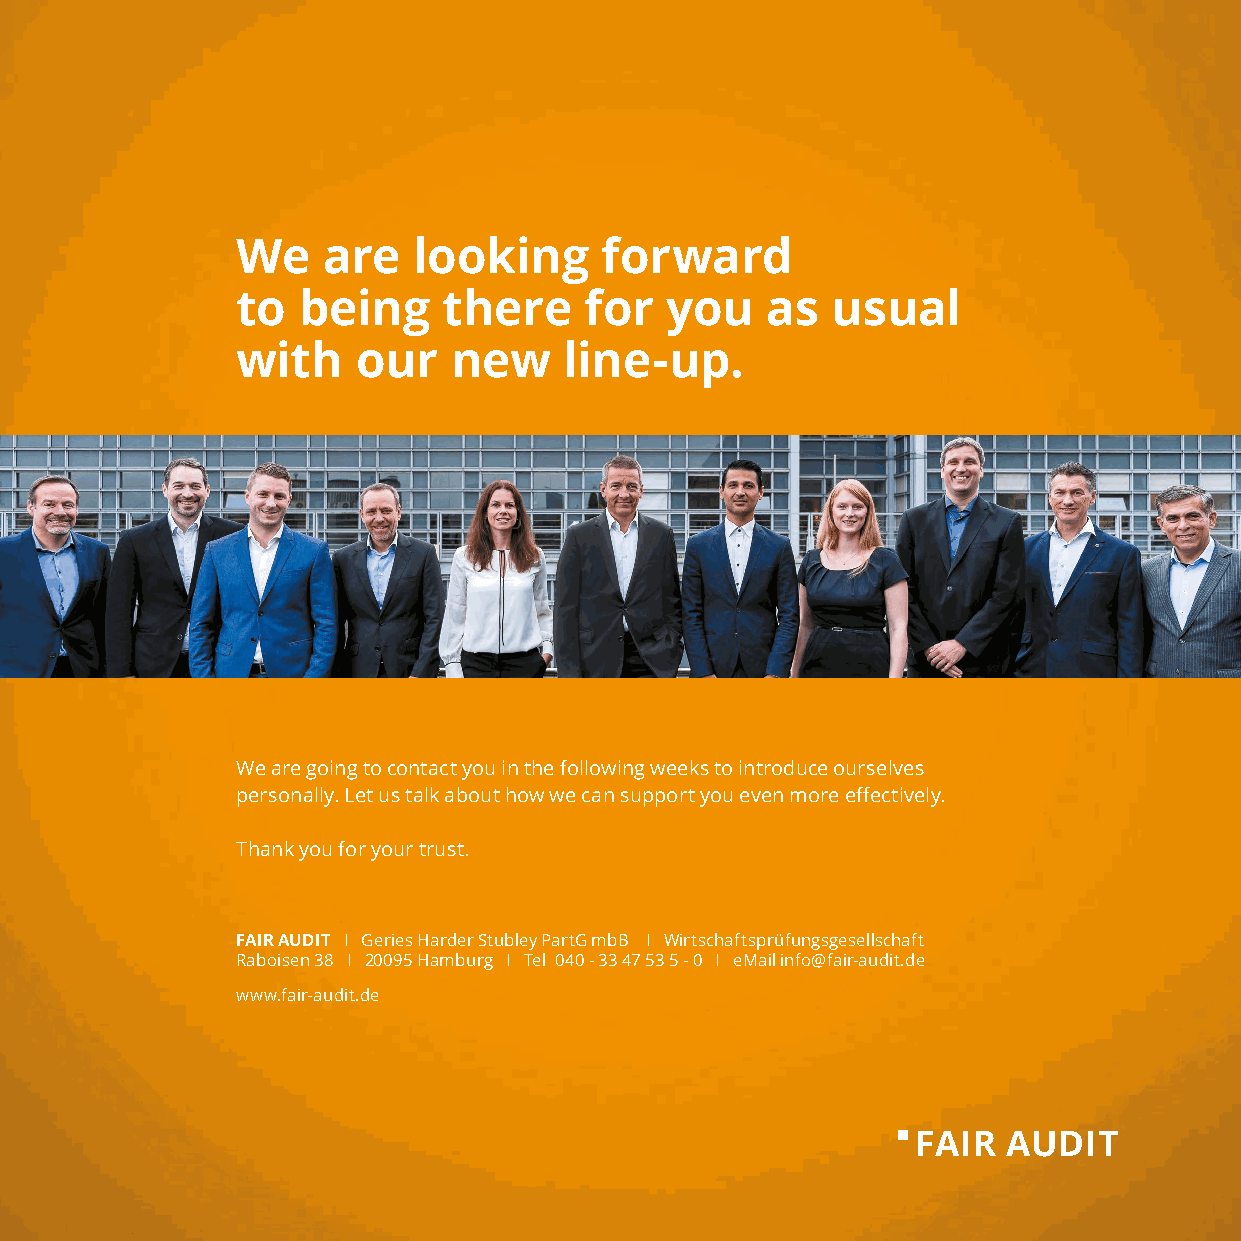
We   are   looking      forward
 to  being    there     for  you    as  usual
 with    our   new    line-up.
 We are going to contact you in the following weeks to introduce ourselves
 personally. Let us talk about how we can support you even more effectively.
 Thank you for your trust.
 FAIR AUDIT I Geries Harder Stubley PartG mbB I Wirtschaftsprüfungsgesellschaft
 Raboisen 38 I 20095 Hamburg I Tel 040 - 33 47 53 5 - 0 I eMail info@fair-audit.de
 www.fair-audit.de
 FAIR  AUDIT